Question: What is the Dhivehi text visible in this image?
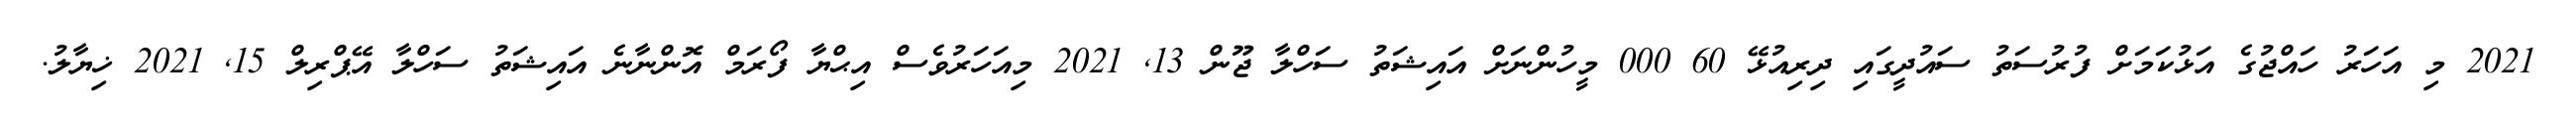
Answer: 2021 މި އަހަރު ހައްޖުގެ އަޅުކަމަށް ފުރުސަތު ސައުދީގައި ދިރިއުޅޭ 60 000 މީހުންނަށް އައިޝަތު ސަހްލާ ޖޫން 13, 2021 މިއަހަރުވެސް އިޙްޔާ ފޯރަމް އޮންނާނެ އައިޝަތު ސަހްލާ އޭޕްރިލް 15, 2021 ޚިޔާލު.